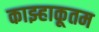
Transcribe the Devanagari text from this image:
काझ्हाकूतम